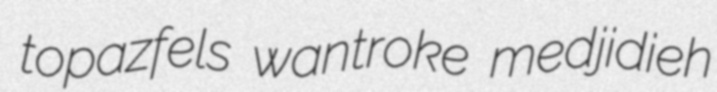
topazfels wantroke medjidieh